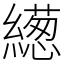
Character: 繱